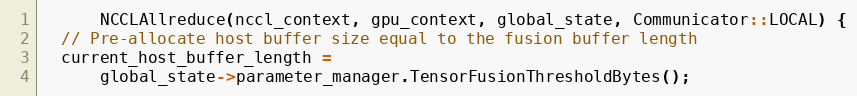
Language: C++
      NCCLAllreduce(nccl_context, gpu_context, global_state, Communicator::LOCAL) {
  // Pre-allocate host buffer size equal to the fusion buffer length
  current_host_buffer_length =
      global_state->parameter_manager.TensorFusionThresholdBytes();